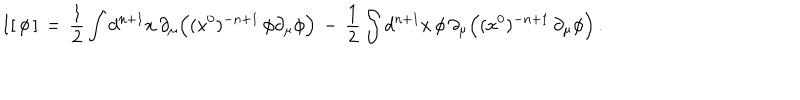
I [ \, \phi \, ] \, = \, { \frac { 1 } { 2 } } \int d ^ { n + 1 } x \, \partial _ { \mu } \Big ( ( x ^ { 0 } ) ^ { - n + 1 } \, \phi \partial _ { \mu } \phi \Big ) \, - \, { \frac { 1 } { 2 } } \int d ^ { n + 1 } x \, \phi \, \partial _ { \mu } \Big ( ( x ^ { 0 } ) ^ { - n + 1 } \, \partial _ { \mu } \phi \Big ) \, .